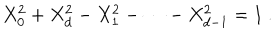
X _ { 0 } ^ { 2 } + X _ { d } ^ { 2 } - X _ { 1 } ^ { 2 } - \cdots - X _ { d - 1 } ^ { 2 } = 1 \ .